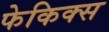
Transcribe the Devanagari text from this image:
फेकिक्स